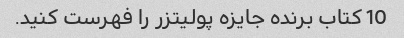
10 کتاب برنده جایزه پولیتزر را فهرست کنید.